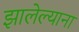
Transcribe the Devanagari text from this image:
झालेल्याना